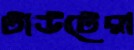
টাউটেরা